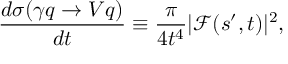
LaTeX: \frac { d \sigma ( \gamma q \rightarrow V q ) } { d t } \equiv \frac { \pi } { 4 t ^ { 4 } } | \mathcal { F } ( s ^ { \prime } , t ) | ^ { 2 } ,